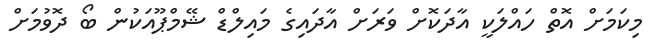
މިކަމަށް އޮތް ހައްލަކީ އާދަކޮށް ވަރަށް އާދައިގެ މައިލްޑް ޝޭމްޕޫއަކުން ބޯ ދޮވުމަށް